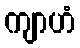
ကျာဟံ